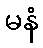
မနံ